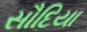
સૌદિયા